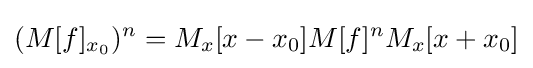
(M[f]_{x_{0}})^{n}=M_{x}[x-x_{0}]M[f]^{n}M_{x}[x+x_{0}]